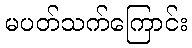
မပတ်သက်ကြောင်း